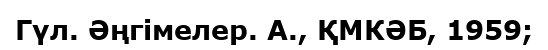
Гүл. Әңгімелер. А., ҚМКӘБ, 1959;